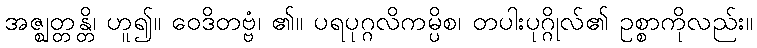
အဇ္ဈတ္တန္တိ၊ ဟူ၍။ ဝေဒိတဗ္ဗံ၊ ၏။ ပရပုဂ္ဂလိကမ္ပိစ၊ တပါးပုဂ္ဂိုလ်၏ ဥစ္စာကိုလည်း။